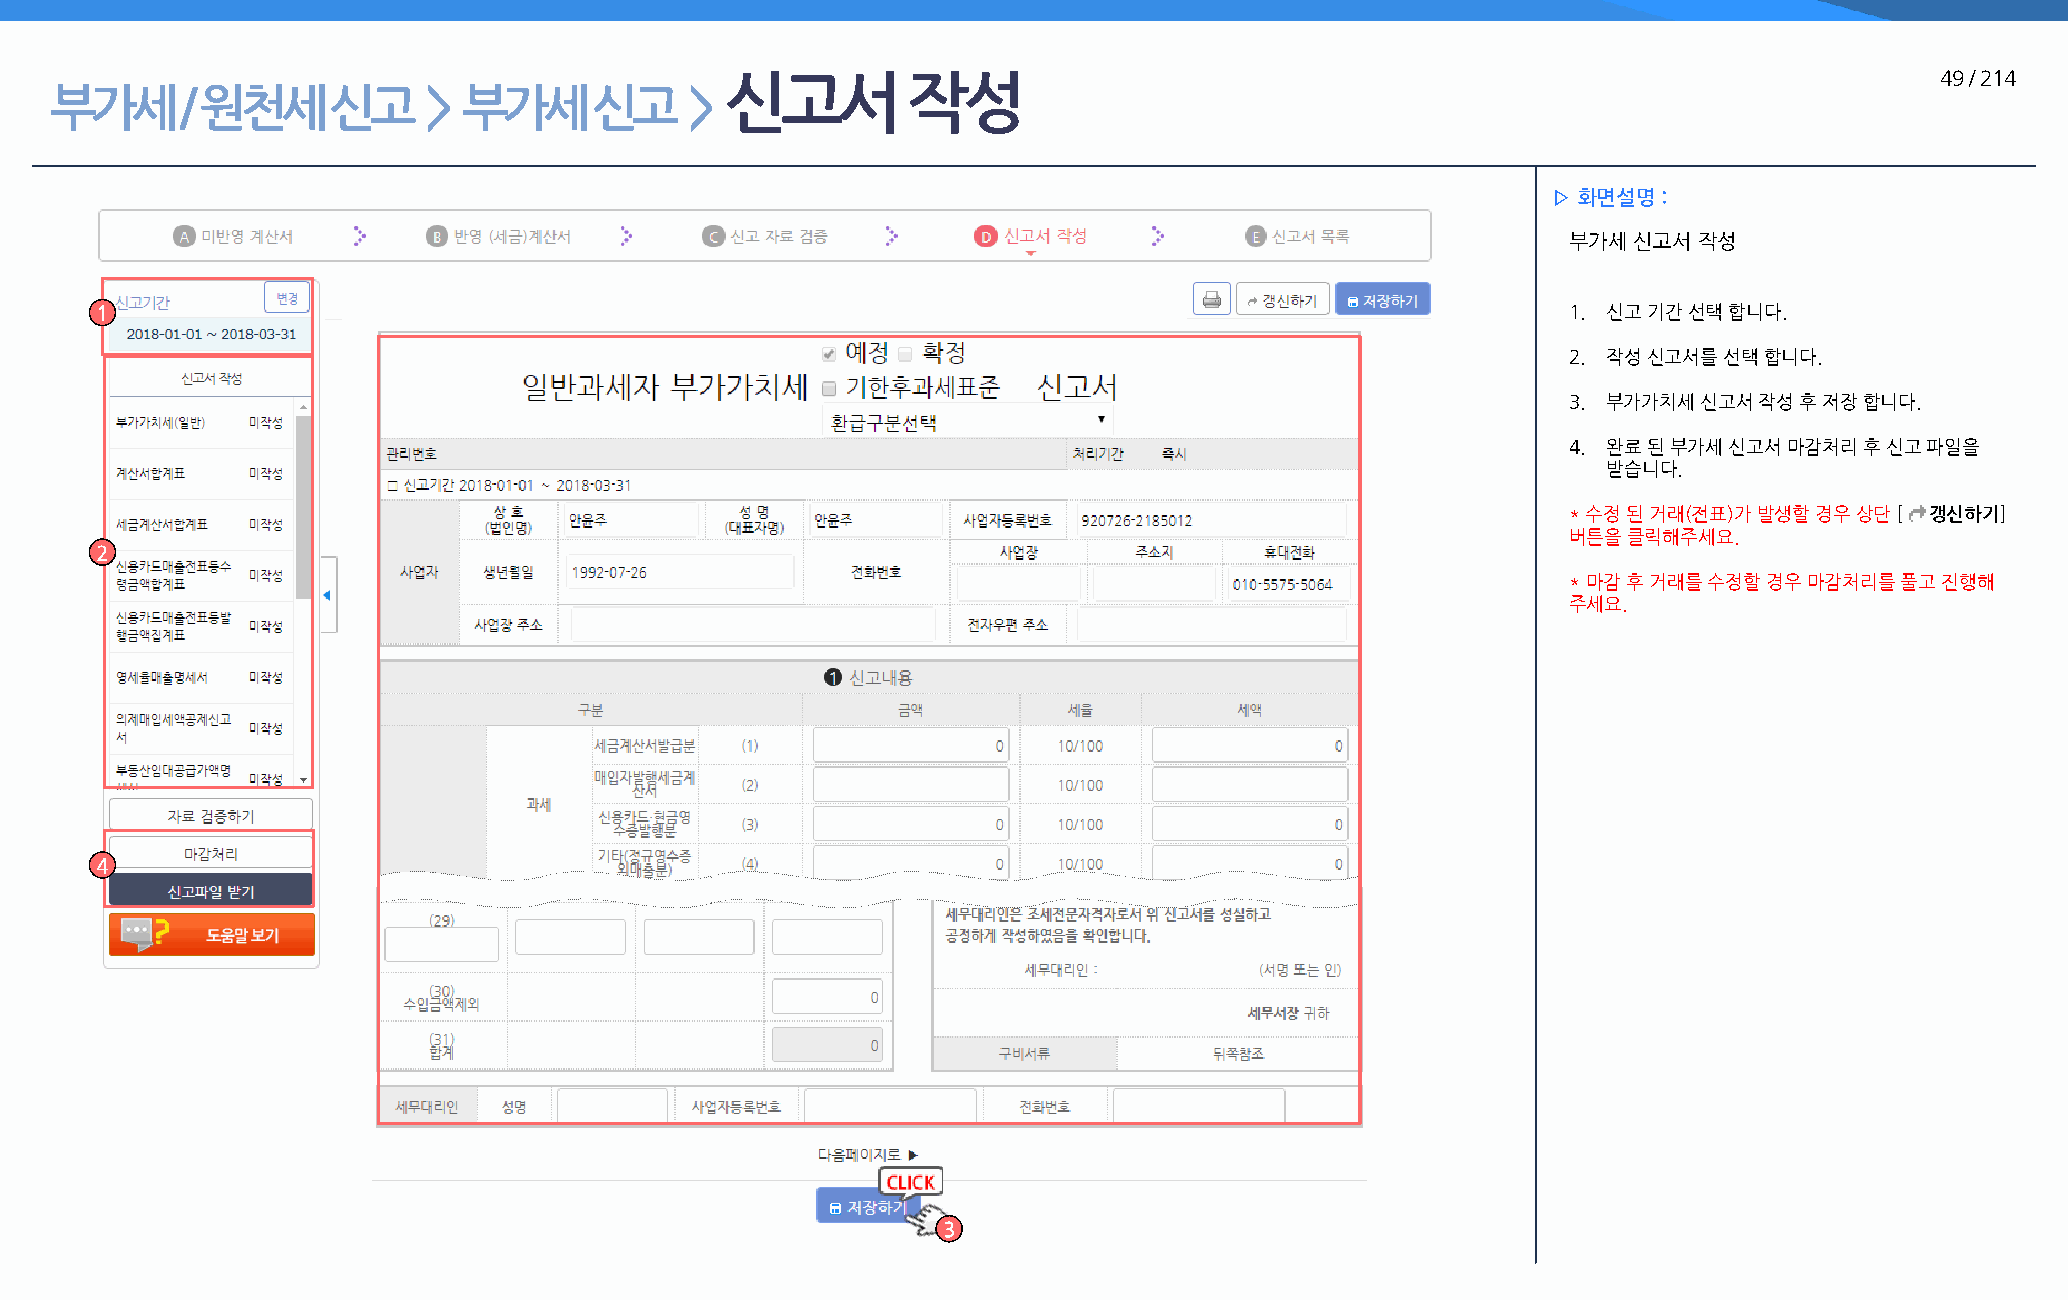
신고서         작성                                                                  49 / 214
 부가세      / 원천세     신고    >  부가세     신고     >
 ▷ 화면설명 :
 부가세 신고서 작성
 1                                                                                                 1. 신고 기간 선택 합니다.
 2. 작성 신고서를 선택 합니다.
 3. 부가가치세 신고서 작성 후 저장 합니다.
 4. 완료 된 부가세 신고서 마감처리 후 신고 파일을
 받습니다.
 * 수정 된 거래(전표)가 발생할 경우 상단 [ 갱신하기]
 버튼을 클릭해주세요.
 2
 * 마감 후 거래를 수정할 경우 마감처리를 풀고 진행해
 주세요.
 4